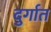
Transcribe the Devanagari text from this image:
दुर्गात